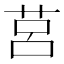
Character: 莒